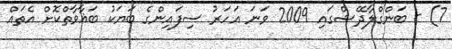
7) - ބަންގްލާދޭޝްގައި 2009 ވަނަ އަހަރު ސިފައިންގެ ބަޔަކު ބަޣާވާތްކޮށް އެތައް